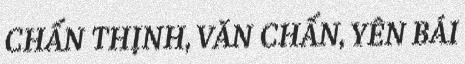
CHẤN THỊNH, VĂN CHẤN, YÊN BÁI